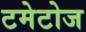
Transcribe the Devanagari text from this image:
टमेटोज